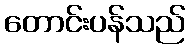
တောင်းပန်သည်